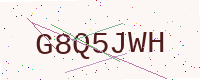
Text: G8Q5JWH